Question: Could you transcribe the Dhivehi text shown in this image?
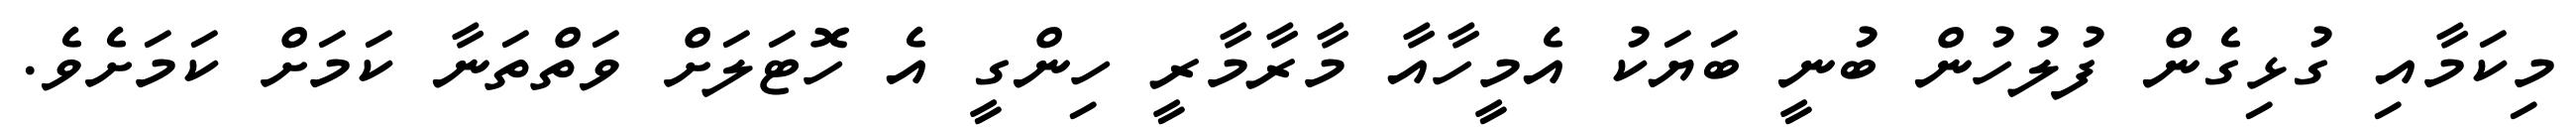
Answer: މިކަމާއި ގުޅިގެން ފުލުހުން ބުނީ ބަޔަކު އެމީހާއާ މާރާމާރީ ހިންގީ އެ ހޮޓަލަށް ވަތްތަނާ ކަމަށް ކަމަށެވެ.